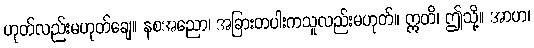
ဟုတ်လည်းမဟုတ်ချေ။ နစအညော၊ အခြားတပါးကသူလည်းမဟုတ်။ ဣတိ၊ ဤသို့။ အာဟ၊